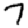
Digit: 7